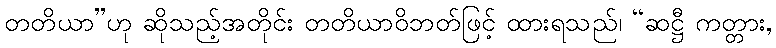
တတိယာ”ဟု ဆိုသည့်အတိုင်း တတိယာဝိဘတ်ဖြင့် ထားရသည်၊ “ဆဋ္ဌီ ကတ္တား,